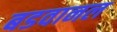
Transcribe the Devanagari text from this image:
बडवानल